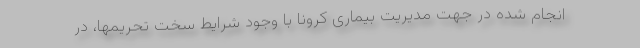
انجام شده در جهت مدیریت بیماری کرونا با وجود شرایط سخت تحریمها، در